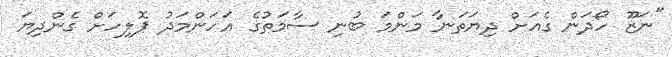
"ނަޒޫ ހޯދަން ގެއަށް ދިޔަތަނާ މަންމަ ބުނި ސާމަތުގެ އަހަންމަދު ޕޮލިހަށް ގެންދިޔަ